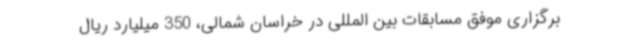
برگزاری موفق مسابقات بین المللی در خراسان شمالی، 350 میلیارد ریال